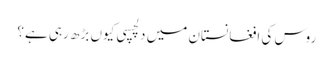
روس کی افغانستان میں دلچسپی کیوں بڑھ رہی ہے؟